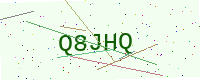
Text: Q8JHQ